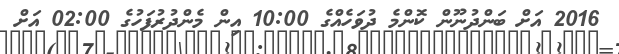
2016 އަށް ބަންދުނޫން ކޮންމެ ދުވަހެއްގެ 10:00 އިން މެންދުރުފަހުގެ 02:00 އަށް